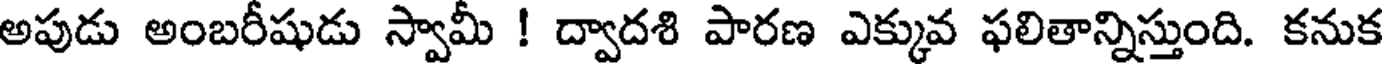
అపుడు అంబరీషుడు స్వామీ ! ద్వాదశి పారణ ఎక్కువ ఫలితాన్నిస్తుంది. కనుక